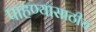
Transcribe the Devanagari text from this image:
पाहण्यासाठीच